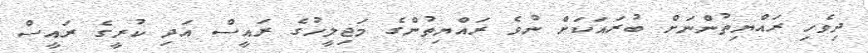
ދިވެހި ރައްޔިތުންނަށް ބުރައަކަށް ނުވެ ރައްޔިތުންގެ މަޖިލީހުގެ ރައީސް އަދި ކުރީގެ ރައީސް